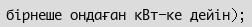
бірнеше ондаған кВт-ке дейін);